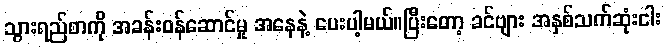
သွားရည်စာကို အခန်းဝန်ဆောင်မှု အနေနဲ့ ပေးပါ့မယ်။ပြီးတော့ ခင်ဗျား အနှစ်သက်ဆုံးငါး